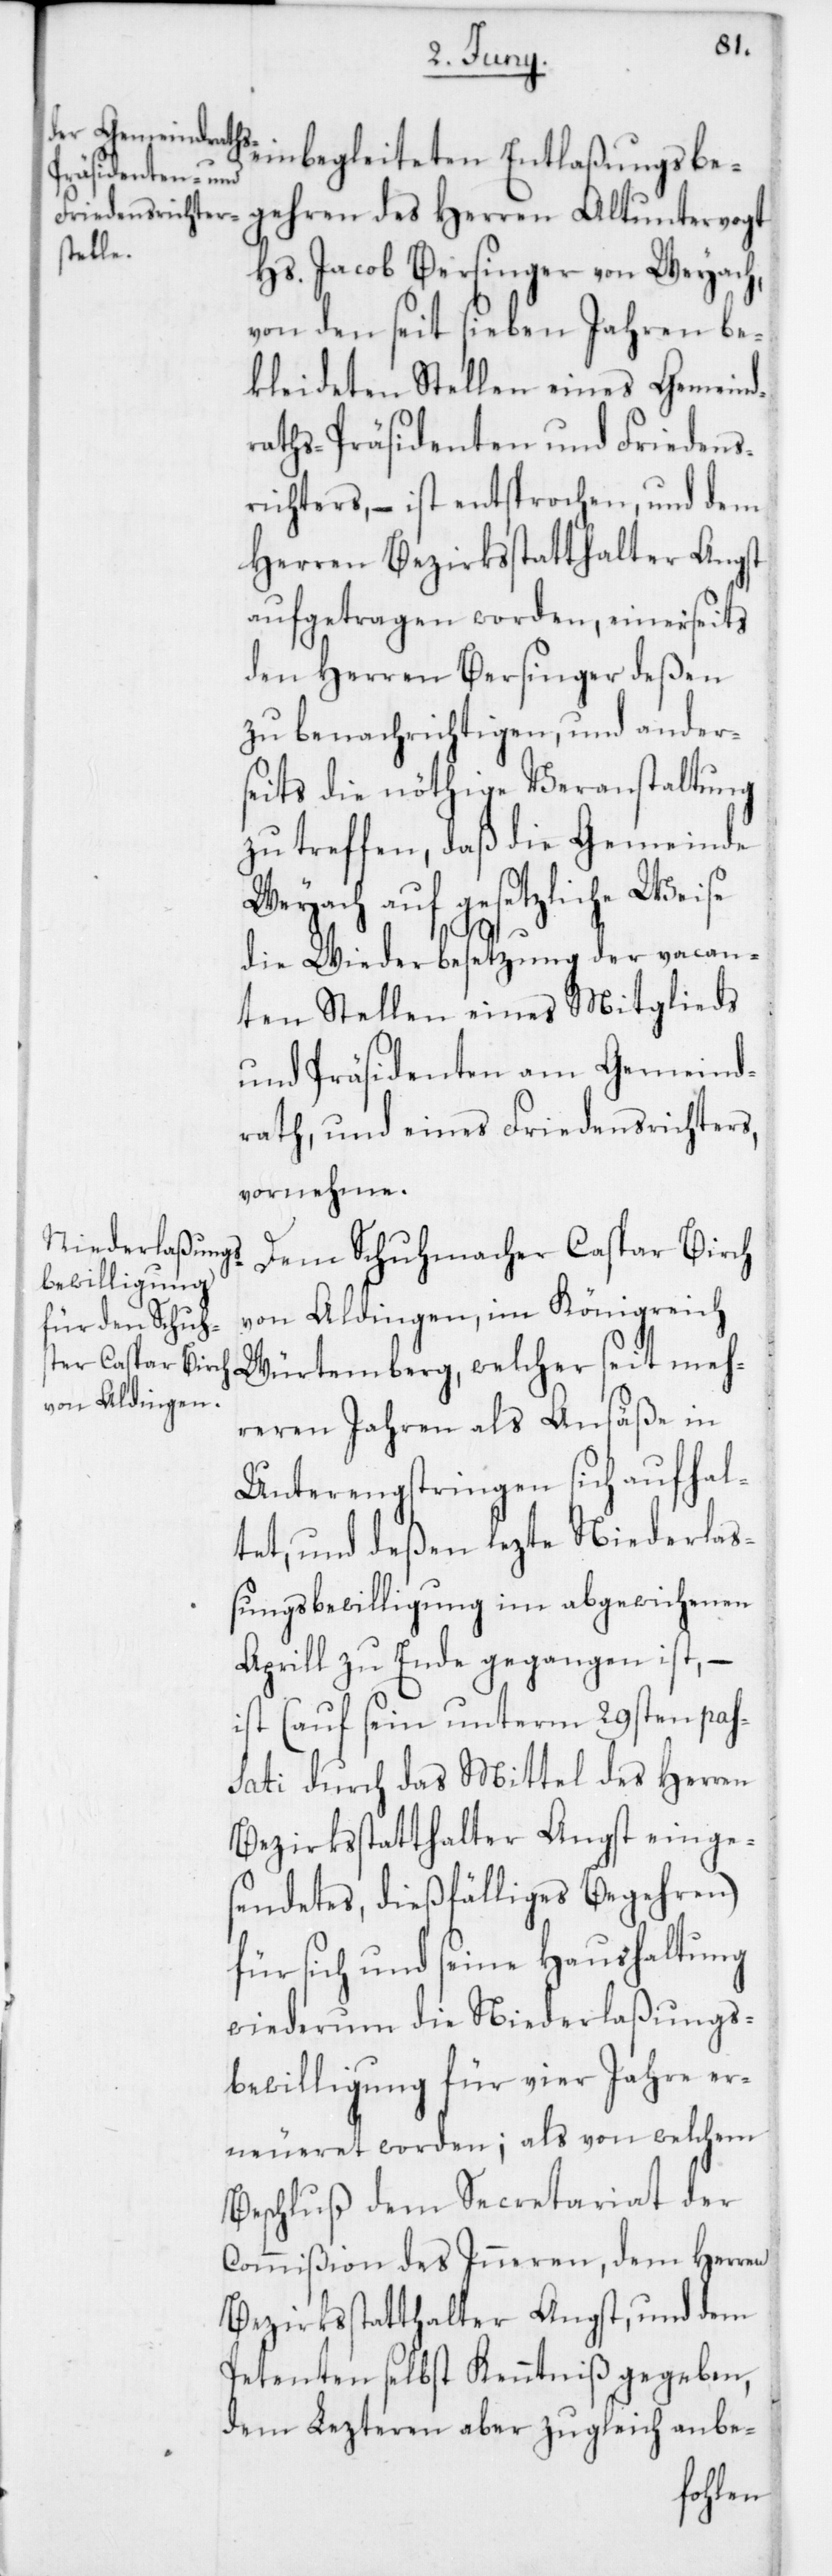
einbegleiteten Entlaßungsbe¬
Hs. Jacob Bersinger von Weyach,
von den seit sieben Jahren be¬
kleideten Stellen eines Gemeind¬
raths-Präsidenten und Friedens¬
richters, – ist entsprochen, und dem
Herren Bezirksstatthalter Angst
aufgetragen worden, einerseits
den Herren Bersinger deßen
zu benachrichtigen, und anders¬
eits die nöthige Veranstaltung
zu treffen, daß die Gemeinde
Weyach auf gesetzliche Weise
die Wiederbesetzung der vacan¬
ten Stellen eines Mitglieds
und Präsidenten am Gemeind¬
rath und eines Friedensrichters
vornehme.
Dem Schuhmacher Caspar Birch
von Aldingen im Königreich
Würtemberg, welcher seit meh¬
reren Jahren als Ansäße in
Unterengstringen sich aufhal¬
tet, und deßen lezte Niederlaß¬
ungsbewilligung im abgewichenen
Aprill zu Ende gegangen ist, –
ist (auf sein unterm 29sten pas¬
sati durch das Mittel des Herren
Bezirksstatthalter Angst einges¬
endetes, dießfälliges Begehren)
für sich und seine Haushaltung
wiederum die Niederlaßungs¬
bewilligung für vier Jahre er¬
neueret worden; als von welchem
Beschluß dem Secretariat der
Commißion des Inneren, dem Herren
Bezirksstatthalter Angst, und dem
Petenten selbst Kenntniß gegeben,
dem Lezteren aber zugleich anbe-
gehren